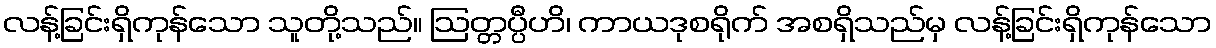
လန့်ခြင်းရှိကုန်သော သူတို့သည်။ ဩတ္တပ္ပီဟိ၊ ကာယဒုစရိုက် အစရှိသည်မှ လန့်ခြင်းရှိကုန်သော